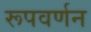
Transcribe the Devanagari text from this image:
रूपवर्णन